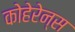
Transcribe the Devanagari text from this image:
कोहेरेन्स